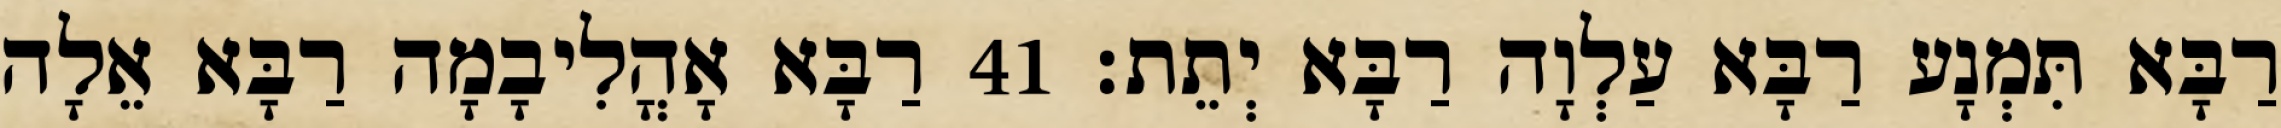
רַבָּא תִּמְנָע רַבָּא עַלְוָה רַבָּא יְתֵת׃ 41 רַבָּא אָהֳלִיבָמָה רַבָּא אֵלָה